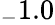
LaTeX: _-1.0